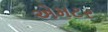
એમટર